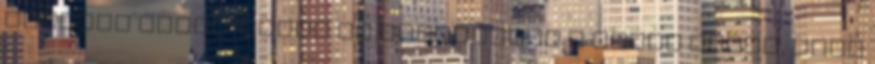
öntözni télen. Télen is vigyázzunk a pangó vízre, mert